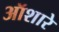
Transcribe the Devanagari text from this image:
ऑशारे